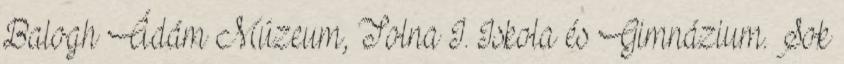
Balogh Ádám Múzeum, Tolna I. Iskola és Gimnázium. Sok